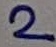
Text: 2